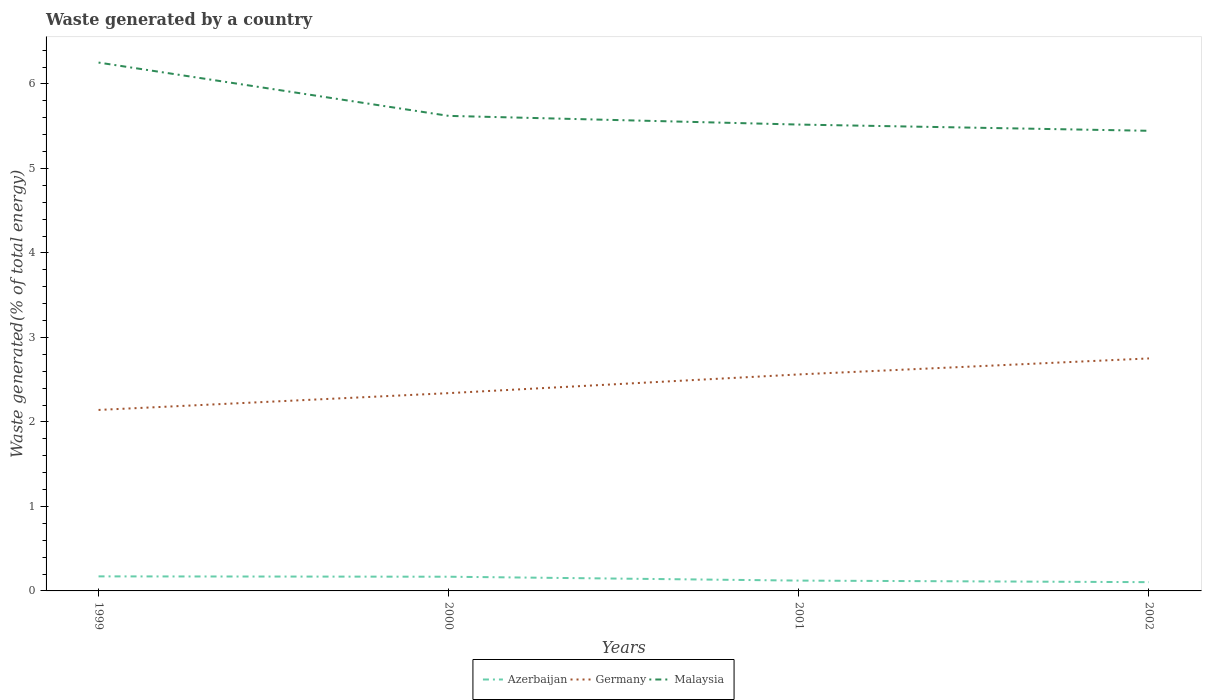
| Years | Azerbaijan | Germany | Malaysia |
 | --- | --- | --- | --- |
 | 1999 | 0.172 | 2.14 | 6.25 |
 | 2000 | 0.168 | 2.34 | 5.62 |
 | 2001 | 0.122 | 2.56 | 5.52 |
 | 2002 | 0.104 | 2.75 | 5.45 |